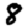
Digit: 8